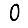
Digit: 0